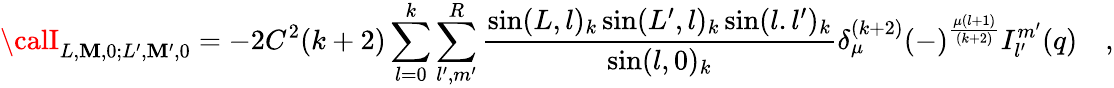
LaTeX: {\calI}_{L,\mathbf{M},0;L^{\prime},\mathbf{M}^{\prime},0}=-2C^{2}(k+2)\sum_{l=0}^{k}\sum_{l^{\prime},m^{\prime}}^{R}{\frac{{\sin(L,l)_{k}\sin(L^{\prime},l)_{k}\sin(l.l^{\prime})_{k}}}{{\sin(l,0)_{k}}}}\delta_{\mu}^{(k+2)}(-)^{\frac{{\mu(l+1)}}{{(k+2)}}}I_{l^{\prime}}^{m^{\prime}}(q)\quad,